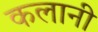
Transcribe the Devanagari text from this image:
कलानी